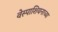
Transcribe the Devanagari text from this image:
वेस्पाशियनाच्या